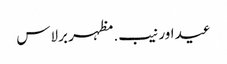
عید اور نیب. مظہر برلاس